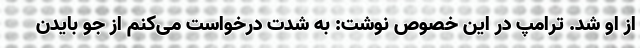
از او شد. ترامپ در این خصوص نوشت: به شدت درخواست می‌کنم از جو بایدنِ